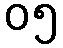
၀၅